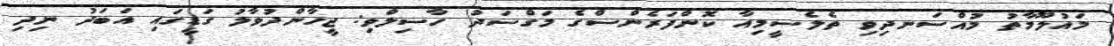
މައުލޫމާތު މުއްސަނދިވި ތެލެސީމިއާ ކޮންފަރެންސްގެ މަގްސަދު ހާސިލްވި: ޖީހާންދުވާލު ގަޑީގައި އަބަދު ނިދި